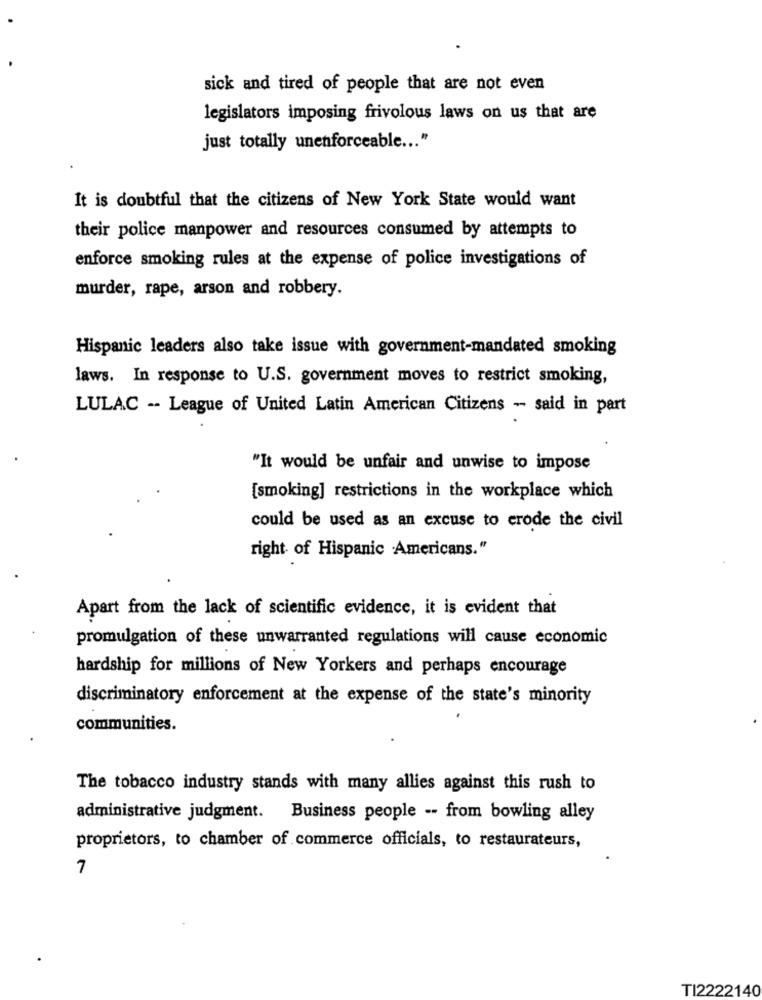
sick and tired of people that are not even
legislators imposing frivolous laws on us that are
just totally unenforceable ... "
It is doubtful that the citizens of New York State would want
their police manpower and resources consumed by attempts to
enforce smoking rules at the expense of police investigations of
murder, rape, arson and robbery.
Hispanic leaders also take issue with government-mandated smoking
laws. In response to U.S. government moves to restrict smoking,
LULAC -- League of United Latin American Citizens - said in part
"It would be unfair and unwise to impose
[smoking] restrictions in the workplace which
could be used as an excuse to erode the civil
right of Hispanic Americans."
Apart from the lack of scientific evidence, it is evident that
promulgation of these unwarranted regulations will cause economic
hardship for millions of New Yorkers and perhaps encourage
discriminatory enforcement at the expense of the state's minority
communities.
The tobacco industry stands with many allies against this rush to
administrative judgment. Business people -- from bowling alley
proprietors, to chamber of commerce officials, to restaurateurs,
7
TI2222140